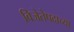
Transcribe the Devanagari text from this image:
विजेतेपदाच्या